Civil Veterinary Department Bengal reports 1923-33 - 1923-1933
Year: 1923
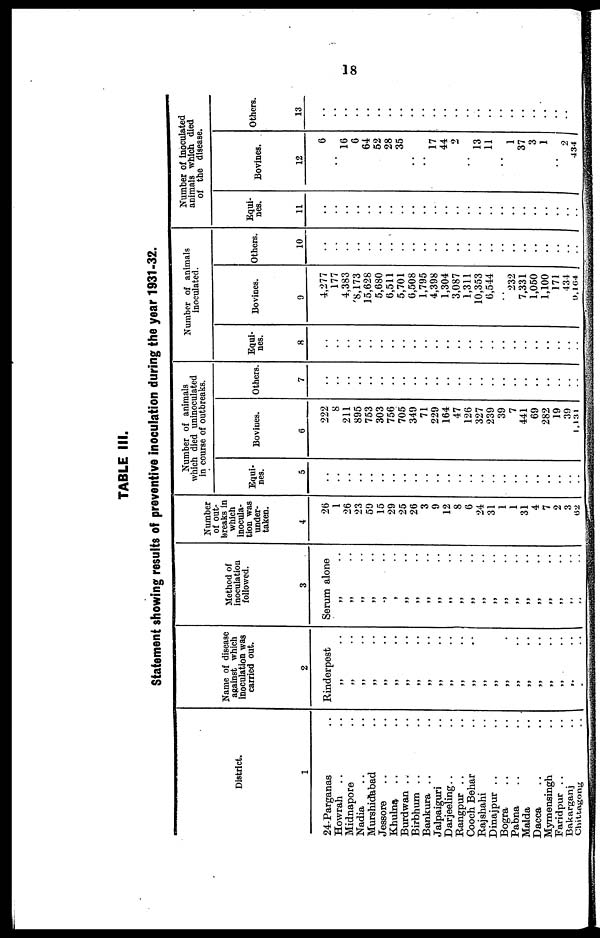
18
TABLE III.
Statement showing results of preventive inoculation during the year 1931-32.
District.
1
24-Parganas ..
Howrah .. ..
Midnapore ..
Nadia .. ..
Murshidabad ..
Jessore .. ..
Khulna .. ..
Burdwan .. ..
Birbhum .. ..
Bankura .. ..
Jalpaiguri ..
Darjeeling .. ..
Rangpur .. ..
Cooch Behar ..
Rajshahi ..
Dinajpur .. ..
Bogra .. ..
Pabna .. ..
Malda ..
Dacca .. ..
Mymensingh ..
Faridpur .. ..
Bakarganj ..
Chittgong ..
Name of disease
against which
inoculation was
carried out.
2
Rinderpest
„ ..
„ ..
„ ..
„ ..
„ ..
„ ..
„ ..
„ ..
„ ..
„ ..
„
..
„ ..
„ ..
„
„
„ ..
„ ..
„ ..
„ ..
„ ..
„ ..
„ ..
„ ..
Method of
inoculation
followed.
3
Serum alone
„ ..
„
..
„
..
„ ..
„ ..
„ ..
„ ..
„ ..
„ ..
„ ..
„ ..
„ ..
„ ..
„ ..
„ ..
„
..
„ ..
„ ..
„ ..
„ ..
„ ..
„ ..
„ ..
Number
of out-
breaks in
which
inocula-
tion was
under-
taken.
4
26
1
26
23
50
15
29
25
26
3
9
12
8
6
24
31
1
1
31
4
7
2
3
62
Number of animals
which died uninoculated
in course of outbreaks.
Equi-
nes.
5
..
..
..
..
..
..
..
..
..
..
..
..
..
..
..
..
..
..
..
..
..
..
..
..
Bovines.
6
222
8
211
895
753
303
756
705
349
71
229
164
47
126
327
239
39
7
441
69
282
19
39
1,131
Others.
7
..
..
..
..
..
..
..
..
..
..
..
..
..
..
..
..
..
..
..
..
..
..
..
..
Number of animals
inoculated.
Equi-
nes.
8
..
..
..
..
..
..
..
..
..
..
..
..
..
..
..
..
..
..
..
..
..
..
..
..
Bovines.
9
4,277
177
4,383
8,173
15,628
5,680
6,511
5,701
6,508
1,795
4,398
1,304
3,087
1,311
10,353
6,544
..
232
7,331
1,050
1,100
171
434
9,164
Others.
10
..
..
..
..
..
..
..
..
..
..
..
..
..
..
..
..
..
..
..
..
..
..
..
..
Number of inoculated
animals which died
of the disease.
Equi-
nes.
11
..
..
..
..
..
..
..
..
..
..
..
..
..
..
..
..
..
..
..
..
..
..
..
..
Bovines.
12
6
..
16
6
64
52
28
35
..
..
17
44
2
..
13
11
..
1
37
3
1
..
2
434
Others.
13
..
..
..
..
..
..
..
..
..
..
..
..
..
..
..
..
..
..
..
..
..
..
..